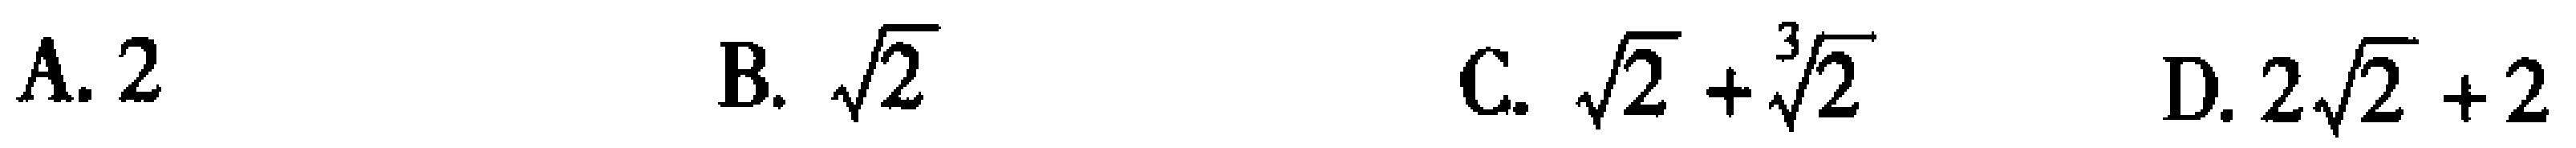
A. $2$  B. $\sqrt{2}$  C. $\sqrt{2}+\sqrt[3]{2}$  D. $2\sqrt{2}+2$